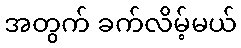
အတွက် ခက်လိမ့်မယ်